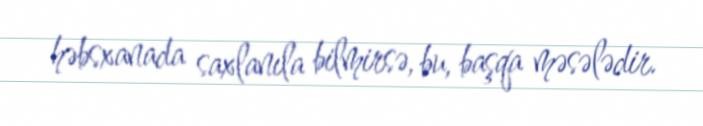
həbsxanada saxlanıla bilmirsə, bu, başqa məsələdir.